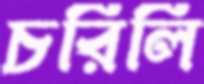
চরিলি